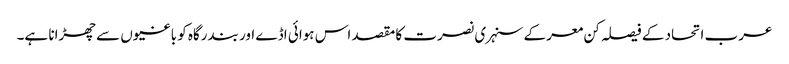
عرب اتحاد کے فیصلہ کن معرکے سنہری نصرت کا مقصد اس ہوائی اڈے اور بندرگاہ کو باغیوں سے چھڑانا ہے۔